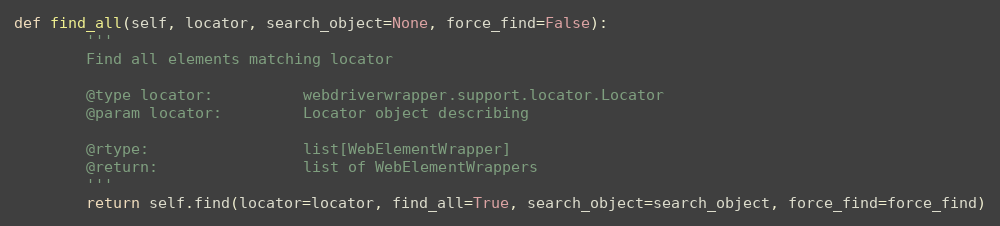
Language: Python
def find_all(self, locator, search_object=None, force_find=False):
        '''
        Find all elements matching locator

        @type locator:          webdriverwrapper.support.locator.Locator
        @param locator:         Locator object describing

        @rtype:                 list[WebElementWrapper]
        @return:                list of WebElementWrappers
        '''
        return self.find(locator=locator, find_all=True, search_object=search_object, force_find=force_find)